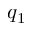
q _ { 1 }